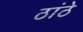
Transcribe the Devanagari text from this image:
ठांठे